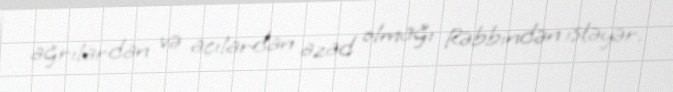
ağrılardan və acılardan azad olmağı Rəbbindən istəyər.